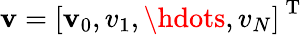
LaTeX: \mathbf{v}=\left[\mathbf v_{0},v_{1},\hdots,v_{N}\right]^{\mathrm{~T~}}